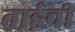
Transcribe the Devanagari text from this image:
ताईची